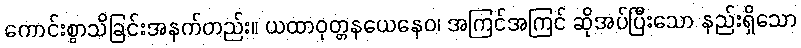
ကောင်းစွာသိခြင်းအနက်တည်း။ ယထာဝုတ္တနယေနေဝ၊ အကြင်အကြင် ဆိုအပ်ပြီးသော နည်းရှိသော